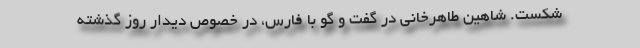
شکست. شاهین طاهرخانی در گفت و گو با فارس، در خصوص دیدار روز گذشته